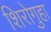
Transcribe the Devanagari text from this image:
शिरोगुहा